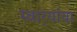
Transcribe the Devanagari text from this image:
स्वार्‍यांचा